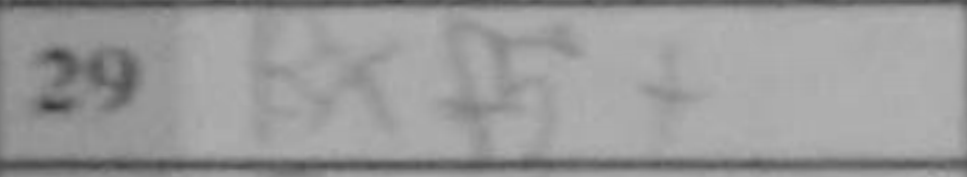
Transcription: Bxf5+